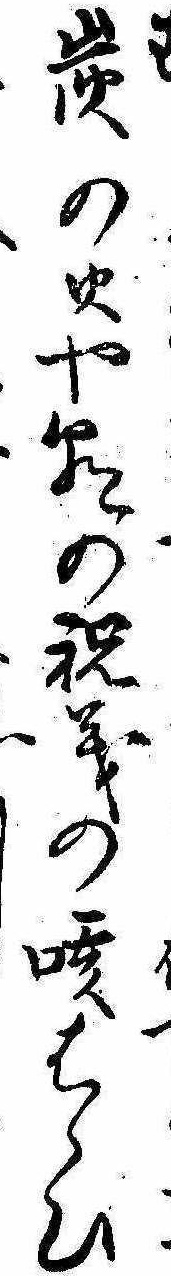
は炭の火や朝の祝義の咳はらひ